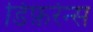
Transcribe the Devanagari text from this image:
डिफ़रेन्स